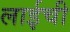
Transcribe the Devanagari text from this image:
लाईची